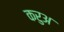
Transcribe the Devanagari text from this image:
करुअ